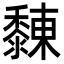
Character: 䵔